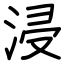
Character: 浸